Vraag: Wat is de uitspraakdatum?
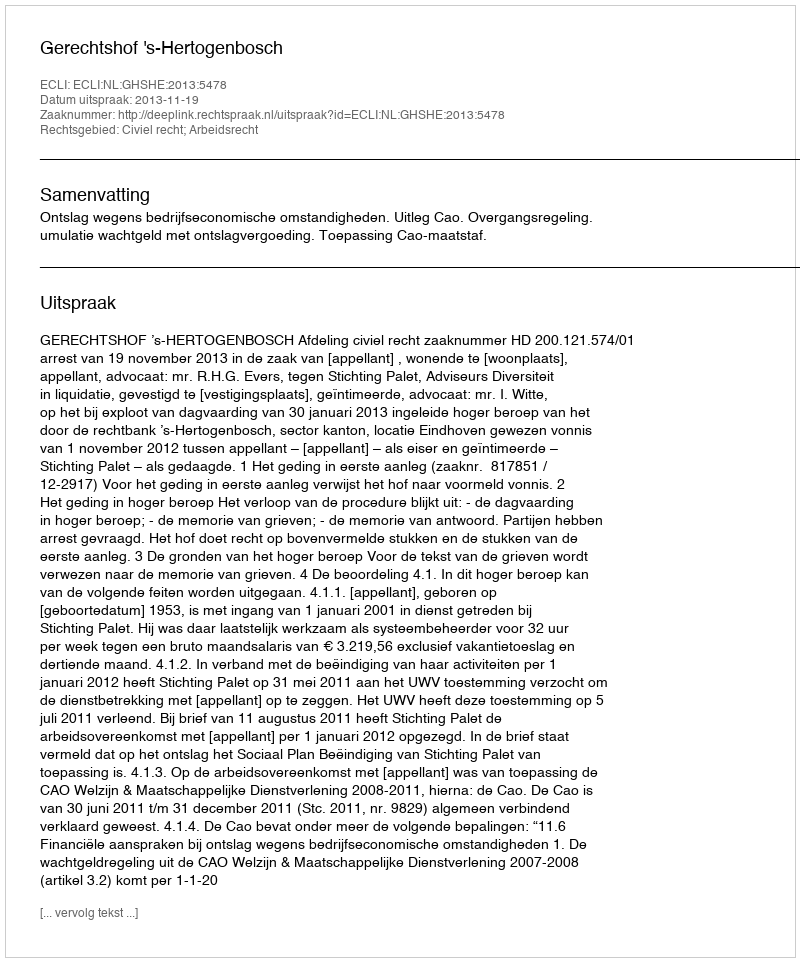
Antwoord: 2013-11-19